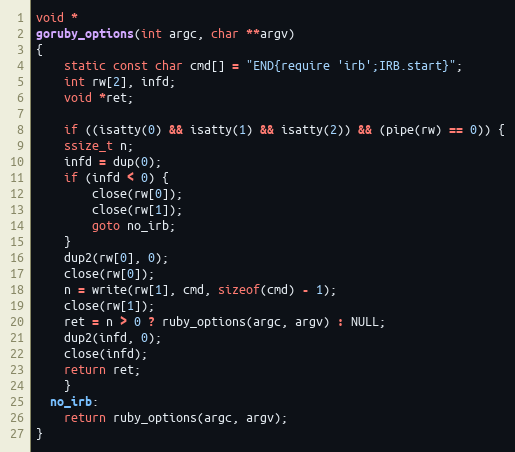
Language: C
void *
goruby_options(int argc, char **argv)
{
    static const char cmd[] = "END{require 'irb';IRB.start}";
    int rw[2], infd;
    void *ret;

    if ((isatty(0) && isatty(1) && isatty(2)) && (pipe(rw) == 0)) {
	ssize_t n;
	infd = dup(0);
	if (infd < 0) {
	    close(rw[0]);
	    close(rw[1]);
	    goto no_irb;
	}
	dup2(rw[0], 0);
	close(rw[0]);
	n = write(rw[1], cmd, sizeof(cmd) - 1);
	close(rw[1]);
	ret = n > 0 ? ruby_options(argc, argv) : NULL;
	dup2(infd, 0);
	close(infd);
	return ret;
    }
  no_irb:
    return ruby_options(argc, argv);
}